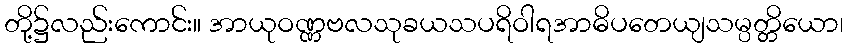
တို့၌လည်းကောင်း။ အာယုဝဏ္ဏဗလသုခယသပရိဝါရအာဓိပတေယျသမ္ပတ္တိယော၊